Report on sanitation, dispensaries, and jails in Rajputana for 1919, and on vaccination for the year 1919-1920 - 1919-1920
Year: 1919
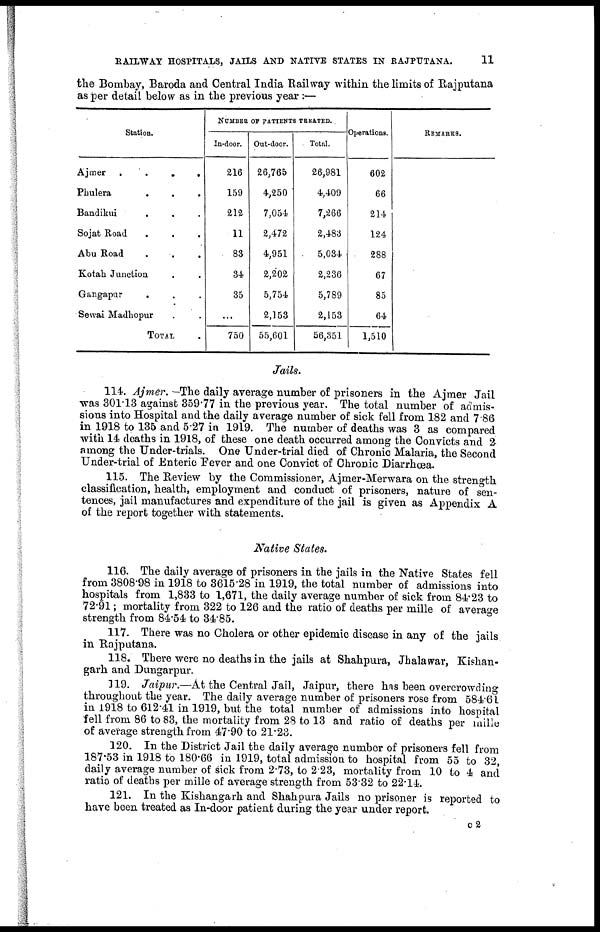
RAILWAY HOSPITALS, JAILS AND NATIVE STATES IN RAJPUTANA.
11
the Bombay, Baroda and Central India Railway within the limits of Rajputana
as per detail below as in the previous year :—
Station.
Ajmer
.
.
.
.
Phulera
.
.
.
Bandikui
.
.
.
.
Sojat Road . . .
Abu Road . . .
Kotah Junction . . .
Gangapur . . .
Sewai Madhopur . . .
TOTAL
NUMBER OF PATIENTS TREATED.
In-door.
216
159
212
11
83
34
35
...
750
Out-door.
26,765
4,250
7,054
2,472
4,951
2,202
5,754
2,153
55,601
Total.
26,981
4,409
7,266
2,483
5,034
2,236
5,789
2,153
56,351
Operations.
602
66
214
124
288
67
85
64
1,510
REMARKS.
Jails.
114. Ajmer. —The daily average number of prisoners in the Ajmer Jail
was 301.13 against 359.77 in the previous year. The total number of admis-
sions into Hospital and the daily average number of sick fell from 182 and 7 86
in 1918 to 135 and 5.27 in 1919. The number of deaths was 3 as compared
with 14 deaths in 1918, of these one death occurred among the Convicts and 2
among the Under-trials. One Under-trial died of Chronic Malaria, the Second
Under-trial of Enteric Fever and one Convict of Chronic Diarrhœa.
115. The Review by the Commissioner, Ajmer-Merwara on the strength
classification, health, employment and conduct of prisoners, nature of sen-
tences, jail manufactures and expenditure of the jail is given as Appendix A
of the report together with statements.
Native States.
116. The daily average of prisoners in the jails in the Native States fell
from 3808.98 in 1918 to 3615.28 in 1919, the total number of admissions into
hospitals from 1,833 to 1,671, the daily average number of sick from 84.23 to
72.91; mortality from 322 to 126 and the ratio of deaths per mille of average
strength from 84.54 to 34.85.
117. There was no Cholera or other epidemic disease in any of the jails
in Rajputana.
118. There were no deaths in the jails at Shahpura, Jhalawar, Kishan-
garh and Dungarpur.
119. Jaipur.—At the Central Jail, Jaipur, there has been overcrowding
throughout the year. The daily average number of prisoners rose from 584.61
in 1918 to 612.41 in 1919, but the total number of admissions into hospital
fell from 86 to 83, the mortality from 28 to 13 and ratio of deaths per mille
of average strength from 47.90 to 21.23.
120. In the District Jail the daily average number of prisoners fell from
187.53 in 1918 to 180.66 in 1919, total admission to hospital from 55 to 32,
daily average number of sick from 2.73, to 2.23, mortality from 10 to 4 and
ratio of deaths per mille of average strength from 53.32 to 22.14.
121. In the Kishangarh and Shahpura Jails no prisoner is reported to
have been treated as In-door patient during the year under report.
c 2